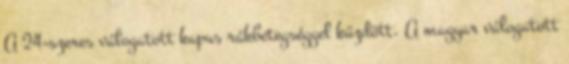
A 24-szeres válogatott kapus rákbetegséggel küzdött. A magyar válogatott